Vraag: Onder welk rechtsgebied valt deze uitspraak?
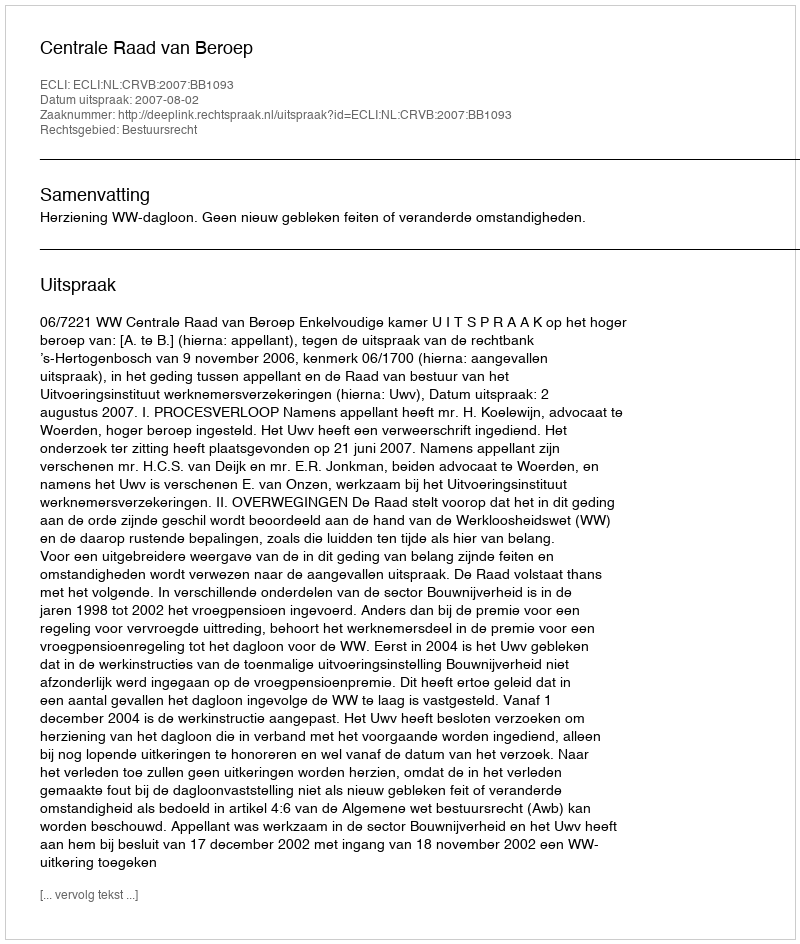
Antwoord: Bestuursrecht